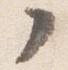
ノ